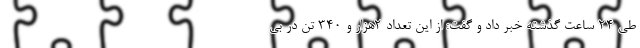
طی ۲۴ ساعت گذشته خبر داد و گفت: از این تعداد ۲هزار و ۳۴۰ تن در بی